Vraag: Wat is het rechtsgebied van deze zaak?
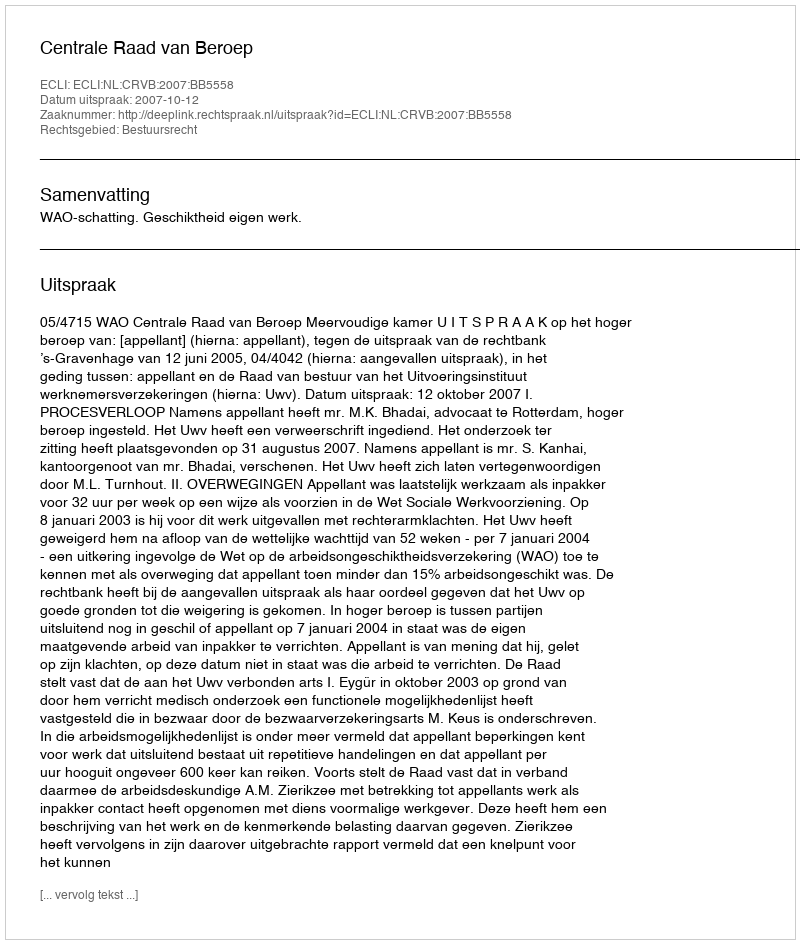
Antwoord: Bestuursrecht